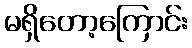
မရှိတော့ကြောင်း